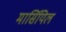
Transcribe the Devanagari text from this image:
मार्सियिल